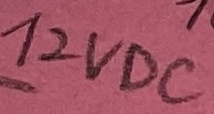
Text: 12VDC